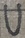
Text: U